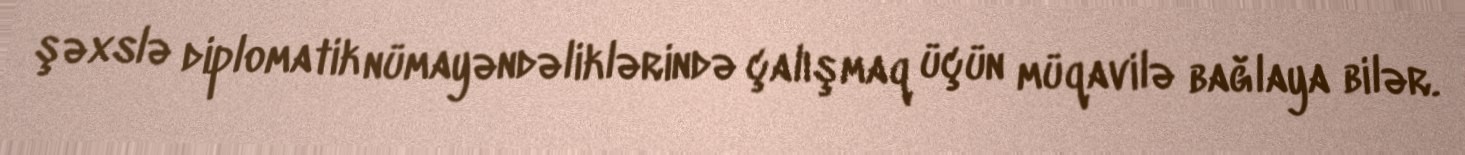
şəxslə diplomatik nümayəndəliklərində çalışmaq üçün müqavilə bağlaya bilər.